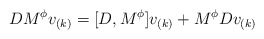
\begin{align*}DM^{\phi }v_{(k)}=[D,M^{\phi }]v_{(k)}+M^{\phi }Dv_{(k)}\end{align*}